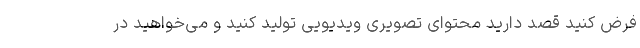
فرض کنید قصد دارید محتوای تصویری ویدیویی تولید کنید و می‌خواهید در